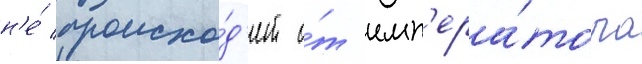
н'е́ происхо́д'ит о́т имп'ера́тора